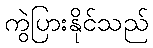
ကွဲပြားနိုင်သည်